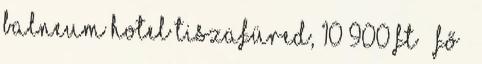
Balneum Hotel Tiszafüred, 10 900 Ft fő